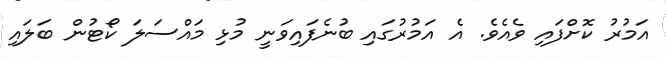
އަމުރު ކޮށްފައި ވެއެވެ. އެ އަމުރުގައި ބުނެފައިވަނީ މުޅި މައްސަލަ ކޯޓުން ބަލައި